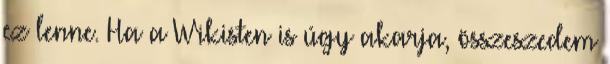
ez lenne. Ha a Wikisten is úgy akarja, összeszedem